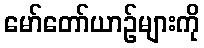
မော်တော်ယာဉ်များကို